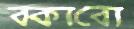
বকাবো